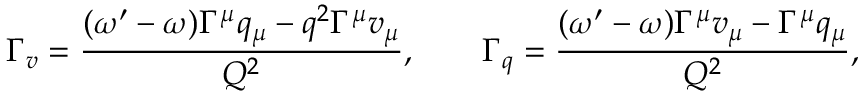
\Gamma _ { v } = \frac { ( \omega ^ { \prime } - \omega ) \Gamma ^ { \mu } q _ { \mu } - q ^ { 2 } \Gamma ^ { \mu } v _ { \mu } } { Q ^ { 2 } } , \quad \quad \Gamma _ { q } = \frac { ( \omega ^ { \prime } - \omega ) \Gamma ^ { \mu } v _ { \mu } - \Gamma ^ { \mu } q _ { \mu } } { Q ^ { 2 } } ,